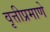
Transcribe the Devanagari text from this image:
वृत्तीप्रमाणे